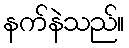
နက်နဲသည်။